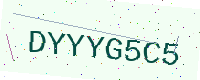
Text: DYYYG5C5